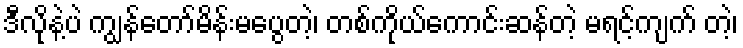
ဒီလိုနဲ့ပဲ ကျွန်တော်မိန်းမပွေတဲ့၊ တစ်ကိုယ်ကောင်းဆန်တဲ့ မရင့်ကျက် တဲ့၊